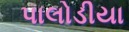
પાલોડીયા